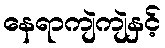
နေရာကျဲကျဲနှင့်